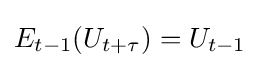
E_{t-1}(U_{t+\tau })=U_{t-1}